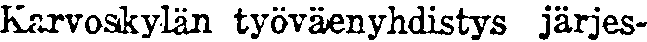
Karvoskylän työväenyhdistys järjes-